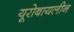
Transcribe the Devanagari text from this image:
यूरोबायलीन